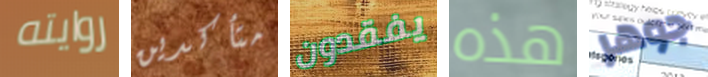
روايته متأكدين يفقدون هذه جوهر